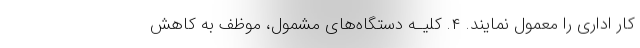
کار اداری را معمول نمایند. ۴. کلیـه دستگاه‌های مشمول، موظف به کاهش